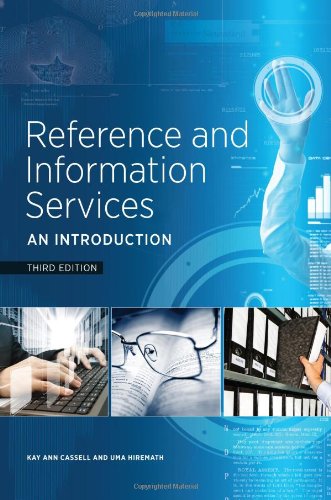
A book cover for Reference and Information Services: An Introduction, Third Edition; Kay Ann Cassell; Politics & Social Sciences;